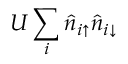
U \sum _ { i } \hat { n } _ { i \uparrow } \hat { n } _ { i \downarrow }